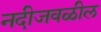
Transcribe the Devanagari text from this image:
नदीजवळील